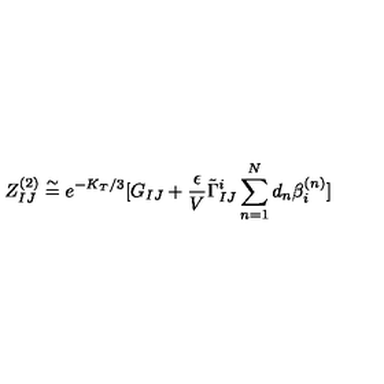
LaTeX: Z _ { I J } ^ { ( 2 ) } \stackrel { \sim } { = } e ^ { - K _ { T } / 3 } [ G _ { I J } + { \frac { \epsilon } { V } } \tilde { \Gamma } _ { I J } ^ { i } \sum _ { n = 1 } ^ { N } d _ { n } \beta _ { i } ^ { ( n ) } ]